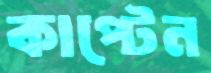
কাপ্টেন